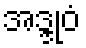
အဒ္ဒုဝံ